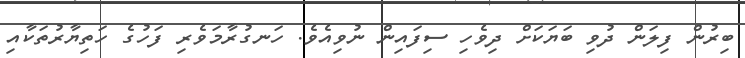
ބިރުން ފިލަން ދުވި ބަޔަކަށް ދިވެހި ސިފައިން ނުވިއެވެ. ހަނގުރާމަވެރި ފަހުގެ ހަތިޔާރުތަކާއި